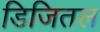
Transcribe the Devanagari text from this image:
डिजितल